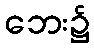
ဘေး၌